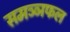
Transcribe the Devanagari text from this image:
समञ्ञफल